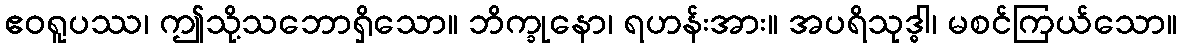
ဧဝရူပဿ၊ ဤသို့သဘောရှိသော။ ဘိက္ခုနော၊ ရဟန်းအား။ အပရိသုဒ္ဓါ၊ မစင်ကြယ်သော။